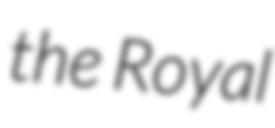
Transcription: the Royal